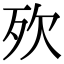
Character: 𣧋